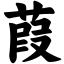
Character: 葭